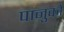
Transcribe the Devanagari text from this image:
पानुको